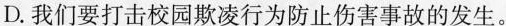
D.我们要打击校园欺凌行为防止伤害事故的发生。